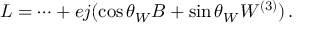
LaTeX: { \cal L } = \cdots + e j ( \cos \theta _ { W } B + \sin \theta _ { W } W ^ { ( 3 ) } ) \, .